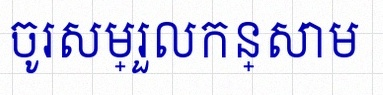
ចូរសម្រួលកន្សោម